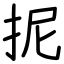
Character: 抳